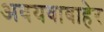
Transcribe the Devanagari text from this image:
अवयवाबाहेर